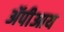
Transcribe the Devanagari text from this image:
ॲपीआय